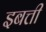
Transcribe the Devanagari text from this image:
इबत्ती